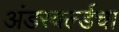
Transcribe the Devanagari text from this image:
अंडरवर्ल्डचा